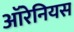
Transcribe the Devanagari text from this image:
ऑरेनियस